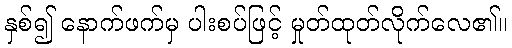
နှစ်၍ နောက်ဖက်မှ ပါးစပ်ဖြင့် မှုတ်ထုတ်လိုက်လေ၏။